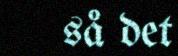
så det